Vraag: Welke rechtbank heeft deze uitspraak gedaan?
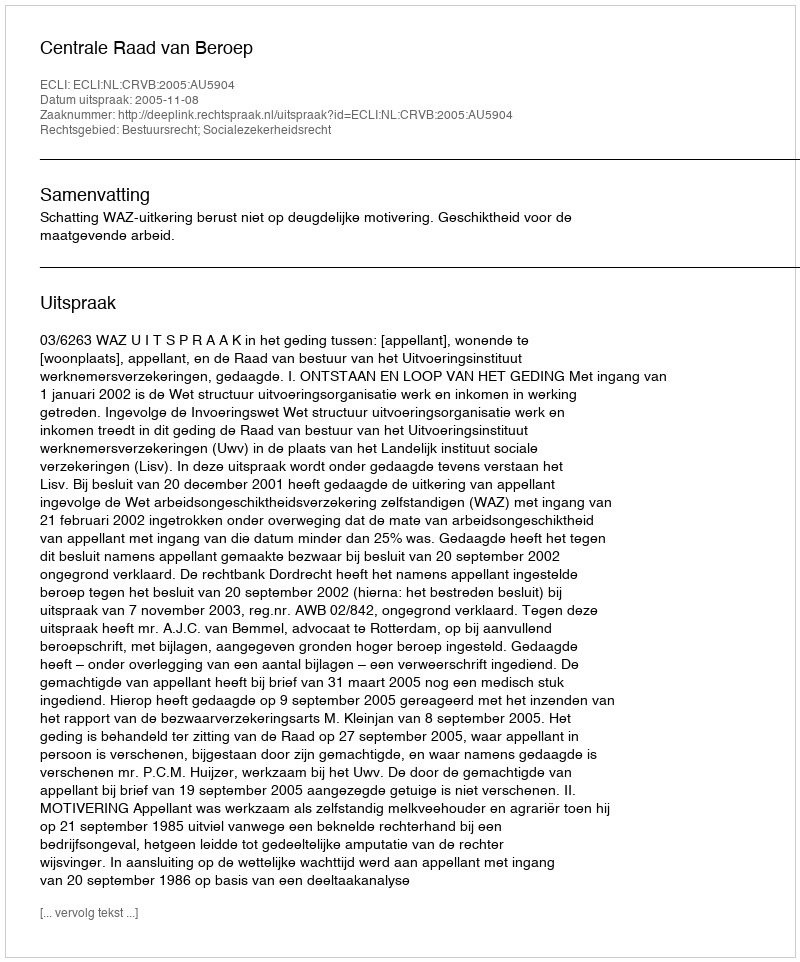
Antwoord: Centrale Raad van Beroep